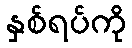
နှစ်ရပ်ကို